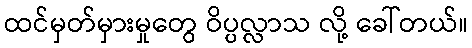
ထင်မှတ်မှားမှုတွေ ဝိပ္ပလ္လာသ လို့ ခေါ်တယ်။